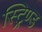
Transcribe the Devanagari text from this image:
स्ट्रिण्ड